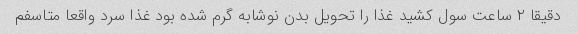
دقیقا ۲ ساعت سول کشید غذا را تحویل بدن نوشابه گرم شده بود غذا سرد واقعا متاسفم